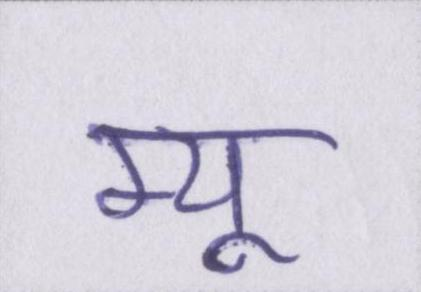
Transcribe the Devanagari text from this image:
म्यू